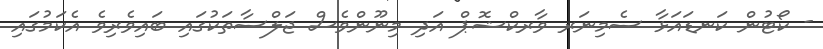
- ކޯޓުން ކަނޑައަޅާ ސެމިނަރ ވާރކްޝޮޕް އަދި މިނޫންވެސް ޖަލްސާތަކުގައި ބައިވެރިވެ އެކަމުގައި